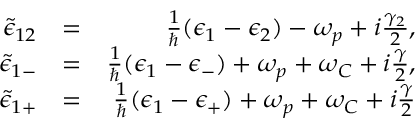
\begin{array} { r l r } { \tilde { \epsilon } _ { 1 2 } } & { = } & { \frac { 1 } { \hbar } ( \epsilon _ { 1 } - \epsilon _ { 2 } ) - \omega _ { p } + i \frac { \gamma _ { 2 } } { 2 } , } \\ { \tilde { \epsilon } _ { 1 - } } & { = } & { \frac { 1 } { \hbar } ( \epsilon _ { 1 } - \epsilon _ { - } ) + \omega _ { p } + \omega _ { C } + i \frac { \gamma } { 2 } , } \\ { \tilde { \epsilon } _ { 1 + } } & { = } & { \frac { 1 } { \hbar } ( \epsilon _ { 1 } - \epsilon _ { + } ) + \omega _ { p } + \omega _ { C } + i \frac { \gamma } { 2 } } \end{array}